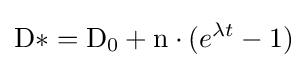
{\mathrm {D*} }={\mathrm {D} }_{\mathrm {0} }+\mathrm {n} \cdot (e^{\lambda t}-1)